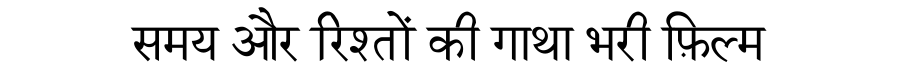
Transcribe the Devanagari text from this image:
समय और रिश्तों की गाथा भरी फ़िल्म